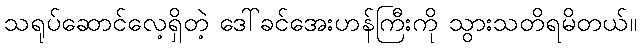
သရုပ်ဆောင်လေ့ရှိတဲ့ ဒေါ်ခင်အေးဟန်ကြီးကို သွားသတိရမိတယ်။